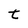
Character: t